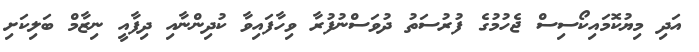
އަދި މިޔުކޮމައިކޯސިސް ޖެހުމުގެ ފުރުސަތު ދުވަސްނުފުރާ ވިހާފައިވާ ކުދިންނާއި ދިފާއީ ނިޒާމް ބަލިކަށި